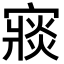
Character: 𡪶